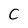
Character: C